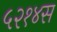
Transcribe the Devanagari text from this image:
५२१४स